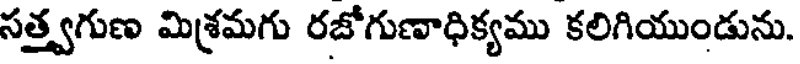
సత్త్వగుణ మిశ్రమగు రజోగుణాధిక్యము కలిగియుండును.